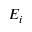
E _ { i }